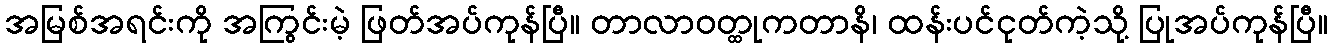
အမြစ်အရင်းကို အကြွင်းမဲ့ ဖြတ်အပ်ကုန်ပြီ။ တာလာဝတ္ထုကတာနိ၊ ထန်းပင်ငုတ်ကဲ့သို့ ပြုအပ်ကုန်ပြီ။